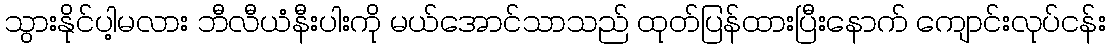
သွားနိုင်ပါ့မလား ဘီလီယံနီးပါးကို မယ်အောင်သာသည် ထုတ်ပြန်ထားပြီးနောက် ကျောင်းလုပ်ငန်း